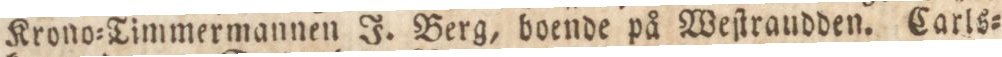
Krono=Timmermannen J. Berg, boende på Weſtrandden. Carls=